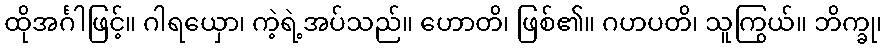
ထိုအင်္ဂါဖြင့်။ ဂါရယှော၊ ကဲ့ရဲ့အပ်သည်။ ဟောတိ၊ ဖြစ်၏။ ဂဟပတိ၊ သူကြွယ်။ ဘိက္ခု၊